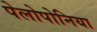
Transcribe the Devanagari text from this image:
पेलोपोनिया